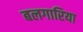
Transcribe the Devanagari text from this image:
बलगारिया